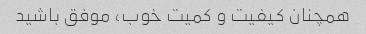
همچنان کیفیت و کمیت خوب، موفق باشید